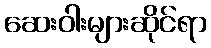
ဆေးဝါးများဆိုင်ရာ